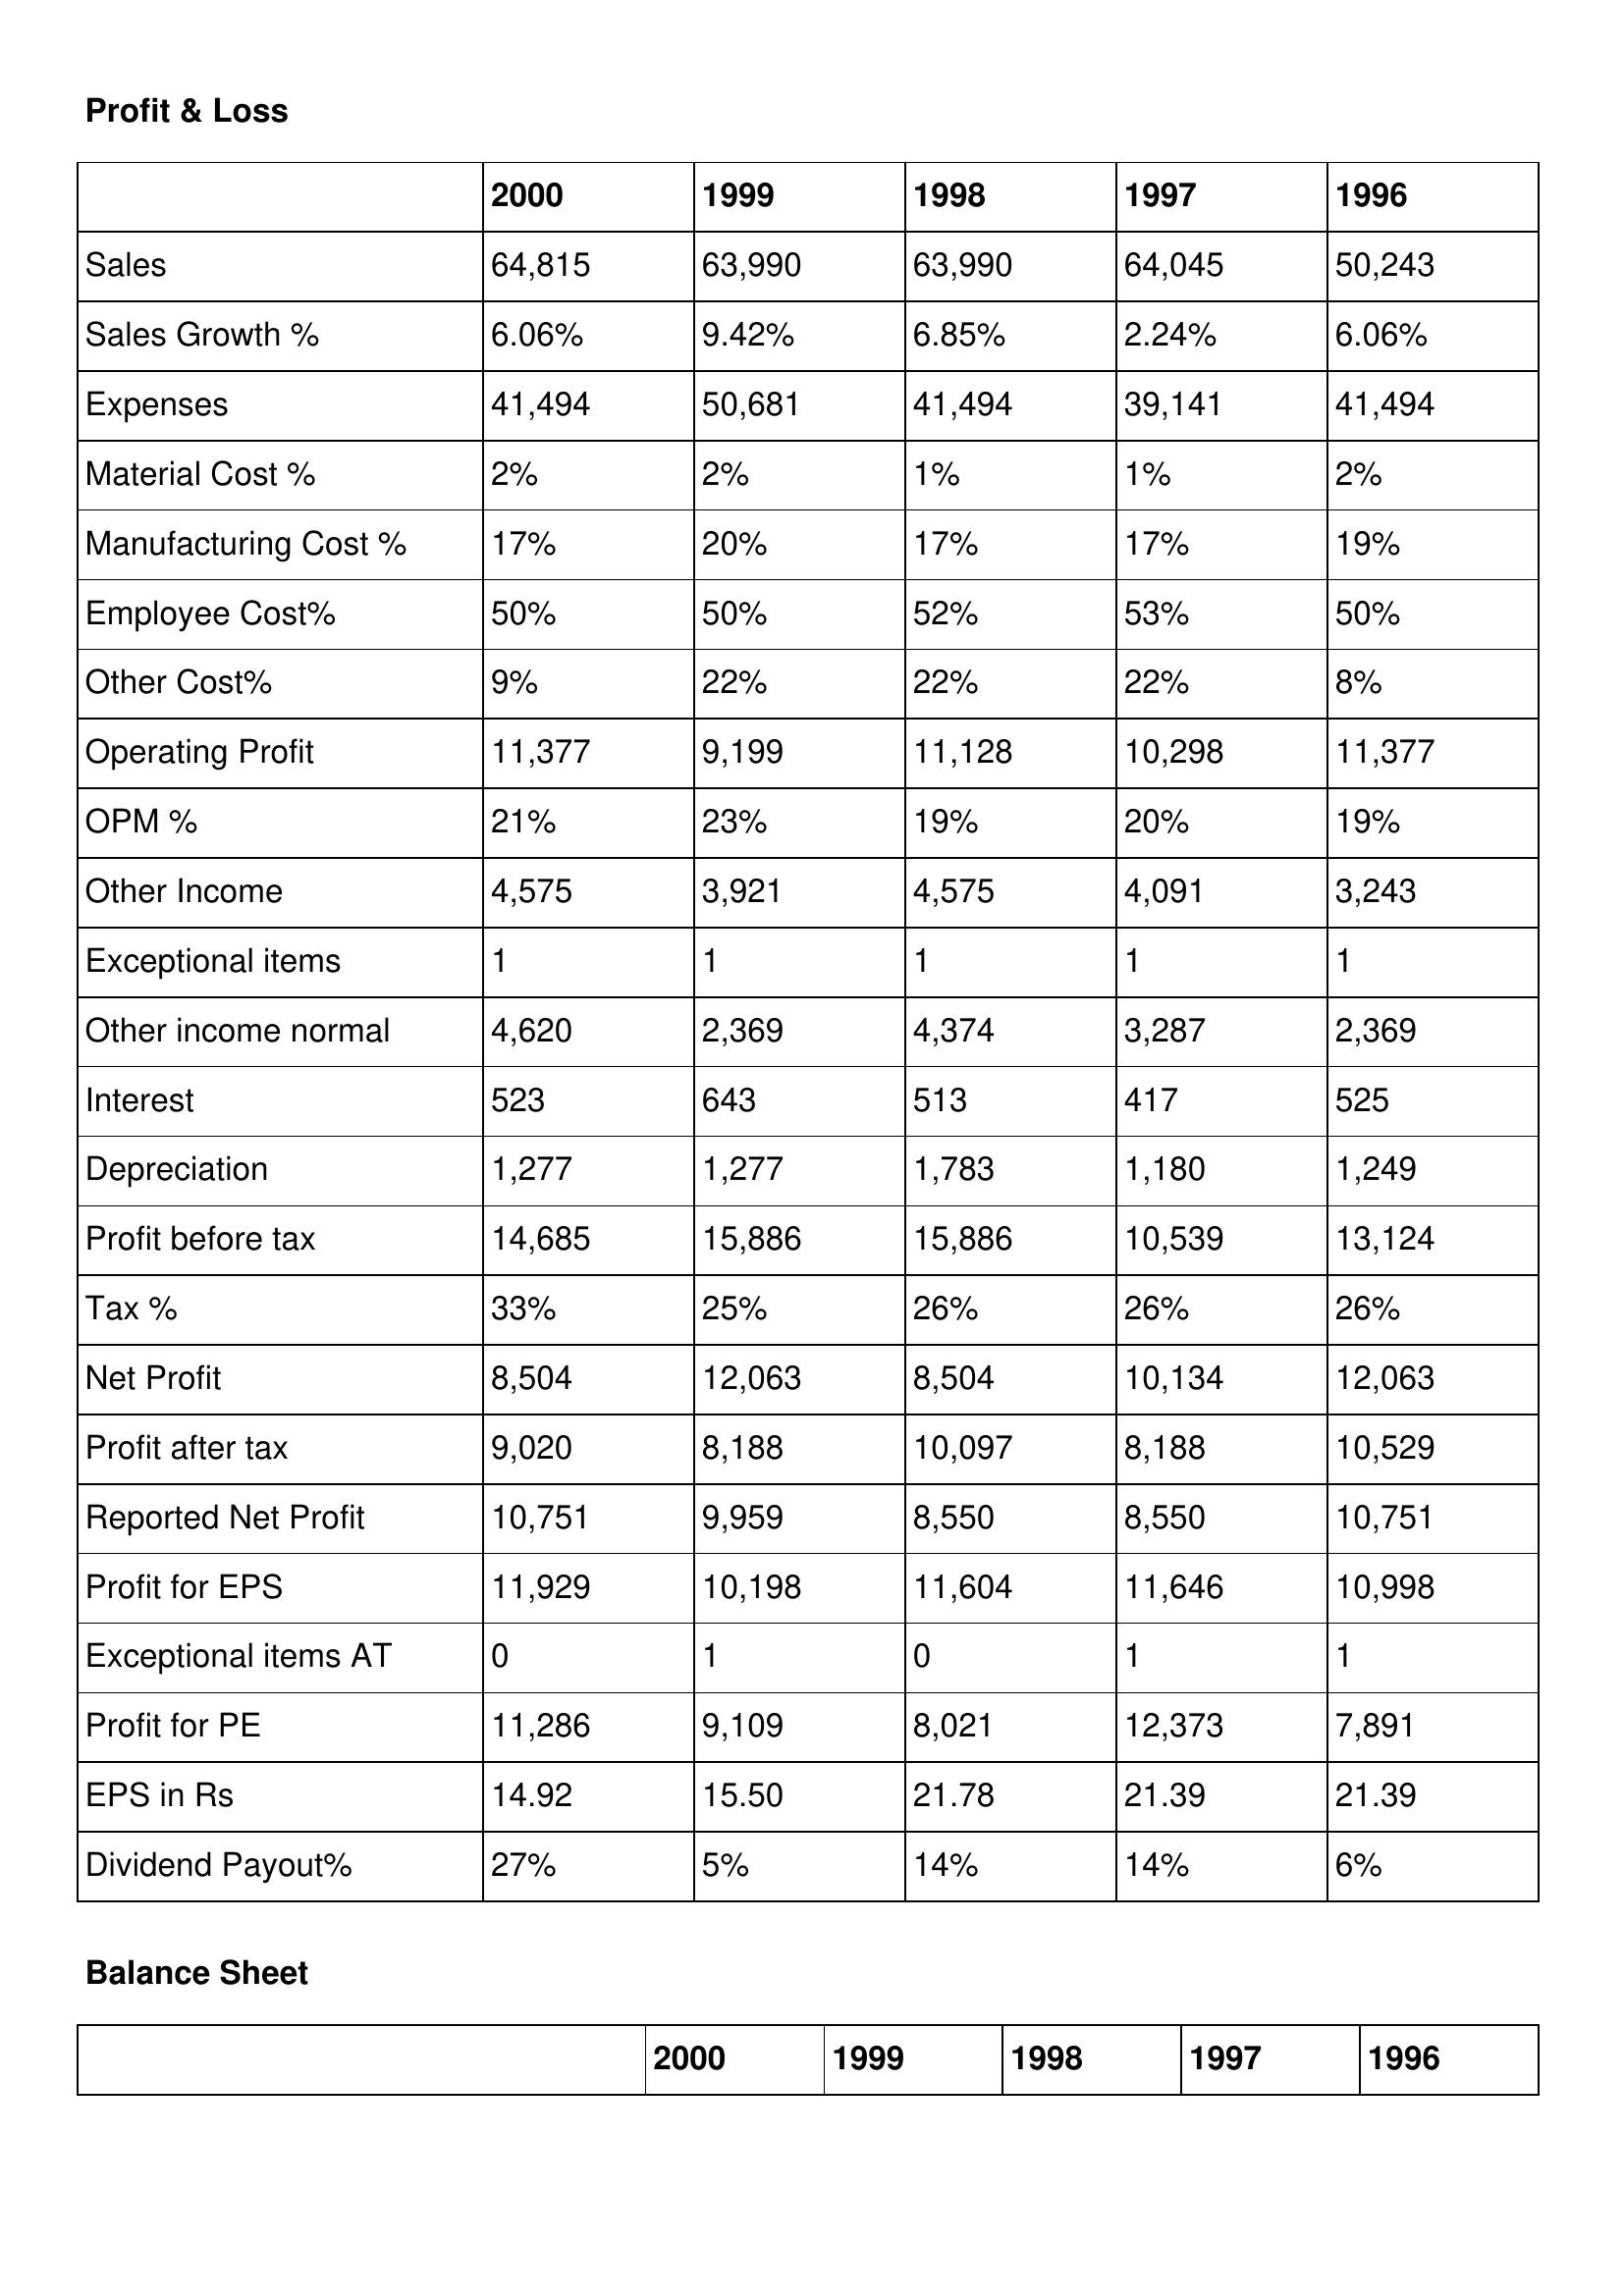
gt_parse: 2000: Profit & Loss: Sales: 64,815
Sales Growth %: 6.06%
Expenses: 41,494
Material Cost %: 2%
Manufacturing Cost %: 17%
Employee Cost%: 50%
Other Cost%: 9%
Operating Profit: 11,377
OPM %: 21%
Other Income: 4,575
Exceptional items: 1
Other income normal: 4,620
Interest: 523
Depreciation: 1,277
Profit before tax: 14,685
Tax %: 33%
Net Profit: 8,504
Profit after tax: 9,020
Reported Net Profit: 10,751
Profit for EPS: 11,929
Exceptional items AT: 0
Profit for PE: 11,286
EPS in Rs: 14.92
Dividend Payout%: 27%
1999: Profit & Loss: Sales: 63,990
Sales Growth %: 9.42%
Expenses: 50,681
Material Cost %: 2%
Manufacturing Cost %: 20%
Employee Cost%: 50%
Other Cost%: 22%
Operating Profit: 9,199
OPM %: 23%
Other Income: 3,921
Exceptional items: 1
Other income normal: 2,369
Interest: 643
Depreciation: 1,277
Profit before tax: 15,886
Tax %: 25%
Net Profit: 12,063
Profit after tax: 8,188
Reported Net Profit: 9,959
Profit for EPS: 10,198
Exceptional items AT: 1
Profit for PE: 9,109
EPS in Rs: 15.50
Dividend Payout%: 5%
1998: Profit & Loss: Sales: 63,990
Sales Growth %: 6.85%
Expenses: 41,494
Material Cost %: 1%
Manufacturing Cost %: 17%
Employee Cost%: 52%
Other Cost%: 22%
Operating Profit: 11,128
OPM %: 19%
Other Income: 4,575
Exceptional items: 1
Other income normal: 4,374
Interest: 513
Depreciation: 1,783
Profit before tax: 15,886
Tax %: 26%
Net Profit: 8,504
Profit after tax: 10,097
Reported Net Profit: 8,550
Profit for EPS: 11,604
Exceptional items AT: 0
Profit for PE: 8,021
EPS in Rs: 21.78
Dividend Payout%: 14%
1997: Profit & Loss: Sales: 64,045
Sales Growth %: 2.24%
Expenses: 39,141
Material Cost %: 1%
Manufacturing Cost %: 17%
Employee Cost%: 53%
Other Cost%: 22%
Operating Profit: 10,298
OPM %: 20%
Other Income: 4,091
Exceptional items: 1
Other income normal: 3,287
Interest: 417
Depreciation: 1,180
Profit before tax: 10,539
Tax %: 26%
Net Profit: 10,134
Profit after tax: 8,188
Reported Net Profit: 8,550
Profit for EPS: 11,646
Exceptional items AT: 1
Profit for PE: 12,373
EPS in Rs: 21.39
Dividend Payout%: 14%
1996: Profit & Loss: Sales: 50,243
Sales Growth %: 6.06%
Expenses: 41,494
Material Cost %: 2%
Manufacturing Cost %: 19%
Employee Cost%: 50%
Other Cost%: 8%
Operating Profit: 11,377
OPM %: 19%
Other Income: 3,243
Exceptional items: 1
Other income normal: 2,369
Interest: 525
Depreciation: 1,249
Profit before tax: 13,124
Tax %: 26%
Net Profit: 12,063
Profit after tax: 10,529
Reported Net Profit: 10,751
Profit for EPS: 10,998
Exceptional items AT: 1
Profit for PE: 7,891
EPS in Rs: 21.39
Dividend Payout%: 6%